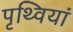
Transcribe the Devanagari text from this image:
पृथ्वियां